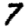
Digit: 7